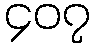
၄၀၇